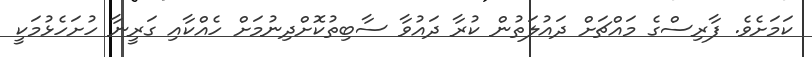
ކަމަށެވެ. ފާރިސްގެ މައްޗަށް ދައުލަތުން ކުރާ ދައުވާ ސާބިތުކޮށްދިނުމަށް ހެއްކާއި ގަރީނާ ހުށަހެޅުމަކީ